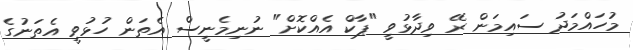
މުހައްމަދު ސައިމަން ރޭ ވިދާޅުވީ "ޕާކް އެއްކޮށް" ނުނިމެނީސް އެތަން ހުޅުވީ އެތަނުގެ